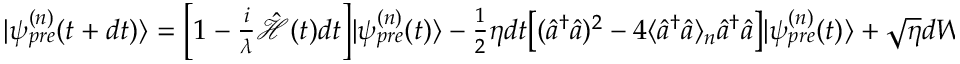
\begin{array} { r } { | \psi _ { p r e } ^ { ( n ) } ( t + d t ) \rangle = \Big [ 1 - \frac { i } { \lambda } \hat { \mathcal { H } } ( t ) d t \Big ] | \psi _ { p r e } ^ { ( n ) } ( t ) \rangle - \frac { 1 } { 2 } \eta d t \big [ ( \hat { a } ^ { \dagger } \hat { a } ) ^ { 2 } - 4 \langle \hat { a } ^ { \dagger } \hat { a } \rangle _ { n } \hat { a } ^ { \dagger } \hat { a } \big ] | \psi _ { p r e } ^ { ( n ) } ( t ) \rangle + \sqrt { \eta } d W _ { n } \hat { a } ^ { \dagger } \hat { a } | \psi _ { p r e } ^ { ( n ) } ( t ) \rangle } \end{array}